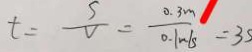
t = \frac { s } { V } = \frac { 0 . 3 m } { 0 . 1 m / s } = 3 s